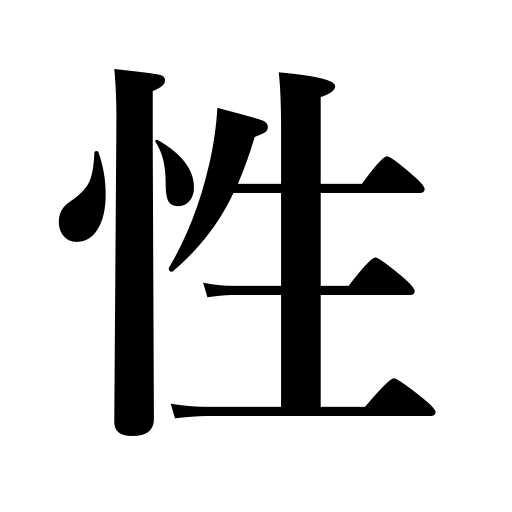
Meanings: sex,quality,attribute,gender,deposition,purity,nature